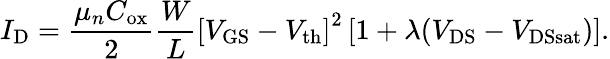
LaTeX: I_{\mathrm{D}}={\frac{\mu_{n}C_{\mathrm{ox}}}{2}}{\frac{W}{L}}\left[V_{\mathrm{GS}}-V_{\mathrm{th}}\right]^{2}\left[1+\lambda(V_{\mathrm{DS}}-V_{\mathrm{DSsat}})\right].